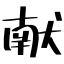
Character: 献